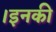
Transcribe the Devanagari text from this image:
।इनकी